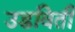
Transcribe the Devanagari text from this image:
उडविती